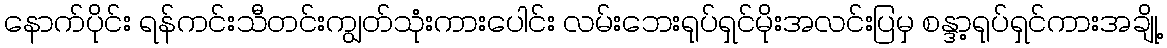
နောက်ပိုင်း ရန်ကင်းသီတင်းကျွတ်သုံးကားပေါင်း လမ်းဘေးရုပ်ရှင်မိုးအလင်းပြမှ စန္ဒာ့ရုပ်ရှင်ကားအချို့